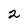
Character: 2